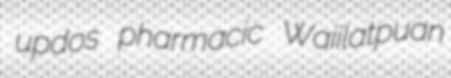
updos pharmacic Waiilatpuan